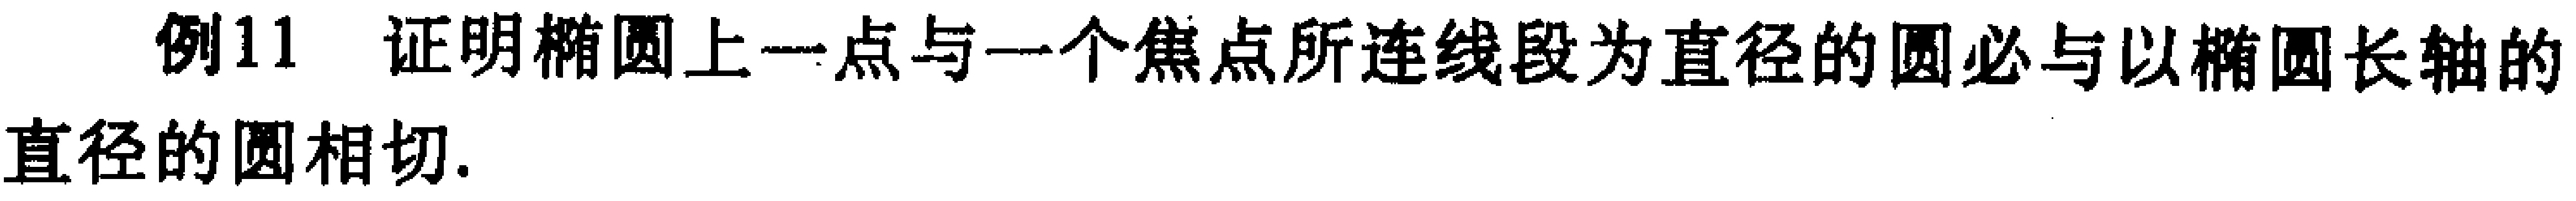
例11 证明椭圆上一点与一个焦点所连线段为直径的圆必与以椭圆长轴的直径的圆相切.